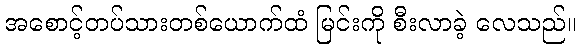
အစောင့်တပ်သားတစ်ယောက်ထံ မြင်းကို စီးလာခဲ့ လေသည်။